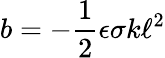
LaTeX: b=-\frac{1}{2}\epsilon\sigma k\ell^{2}